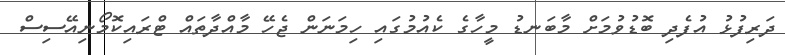
ދަރިފުޅު އުފެދި ބޮޑުވުމަށް މާބަނޑު މީހާގެ ކެއުމުގައި ހިމަނަން ޖެހޭ މާއްދާތައް ޓްރައިކޮމޯނިއޭސިސް